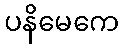
ပနိမေကေ